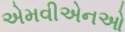
એમવીએનઓ